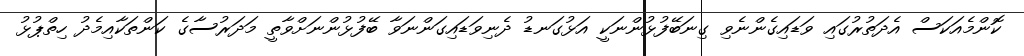
ކޮންމެއަކަސް އެދަތުރުގައި ވަޑައިގެންނެވި ގިނަބޭފުޅުންނަކީ އަޅުގަނޑު ދެނިވަޑައިގަންނަވާ ބޭފުޅުންނަށްވާތީ މަދަރުސާގެ ކަންތަކާއިމެދު ހިތްޕުޅު